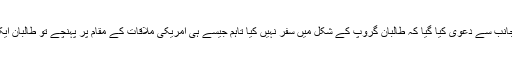
ملاقات میں شریک ’فرد‘ کی جانب سے دعویٰ کیا گیا کہ طالبان گروپ کے شکل میں سفر نہیں کیا تاہم جیسے ہی امریکی ملاقات کے مقام پر پہنچے تو طالبان ایک ایک کرکے وہاں پہنچ گئے۔